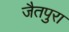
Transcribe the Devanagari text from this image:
जैतपुरा